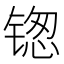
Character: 𬭥